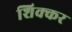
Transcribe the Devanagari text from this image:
शिक्कर